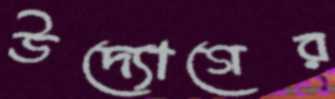
উদ্যোগের